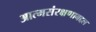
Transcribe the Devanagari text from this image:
आत्मसंरक्षणाबद्दल